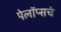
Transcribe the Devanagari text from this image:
पेलॉप्सचे